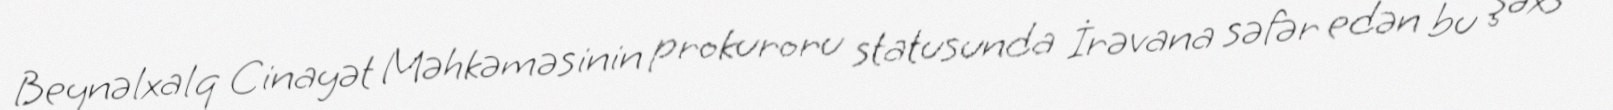
Beynəlxalq Cinayət Məhkəməsinin prokuroru statusunda İrəvana səfər edən bu şəxs